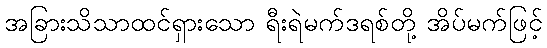
အခြားသိသာထင်ရှားသော ရီးရဲမက်ဒရစ်တို့ အိပ်မက်ဖြင့်